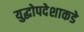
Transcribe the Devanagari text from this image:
युद्धोपदेशाकडे